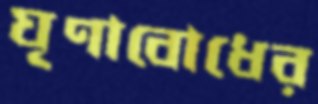
ঘৃণাবোধের